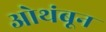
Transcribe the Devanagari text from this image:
ओथंबून